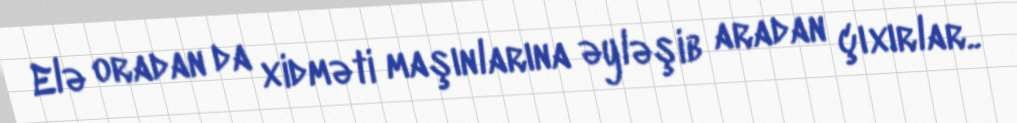
Elə oradan da xidməti maşınlarına əyləşib aradan çıxırlar..